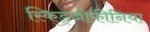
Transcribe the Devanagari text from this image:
स्किड्जोफीनिया